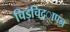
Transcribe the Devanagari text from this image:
चिड़चिद्ापन